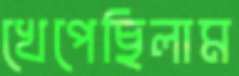
খেপেছিলাম